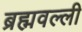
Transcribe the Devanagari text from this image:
ब्रह्मवल्ली